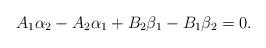
LaTeX: \begin{align*}A_1\alpha_2-A_2 \alpha_1+B_2\beta_1-B_1\beta_2=0.\end{align*}